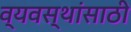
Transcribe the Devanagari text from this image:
व्यवस्थांसाठी